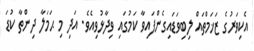
އެކިވަރުގެ ޒަޚަމްތައް ލިބިވަޑައިގެންފައިވާ ކަމުގައި ވިދާޅުވިއެވެ. އަދި މި ޙަމަލާ ދިންތާ ކުޑަ